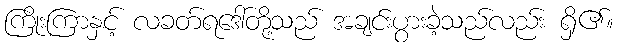
ကြိုးကြာနှင့် လခတ်ရဒေါ်တို့သည် အချင်းပွားခဲ့သည်လည်း ရှိ၏။